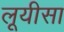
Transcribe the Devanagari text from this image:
लूयीसा